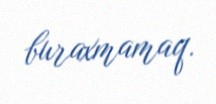
buraxmamaq.